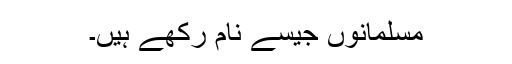
مسلمانوں جیسے نام رکھے ہیں۔